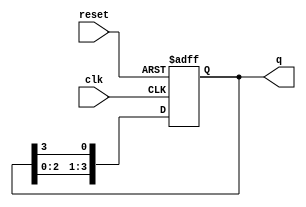
module binary_ring_counter (
    input wire clk,         // Clock input
    input wire reset,       // Asynchronous reset
    output reg [N-1:0] q    // Output (N flip-flops)
);
    parameter N = 4;        // Number of flip-flops in the ring counter

    always @(posedge clk or posedge reset) begin
        if (reset) begin
            // Initialize the counter with a single '1' at the least significant bit
            q <= 1'b1;
        end else begin
            // Shift the '1' to the next flip-flop in the ring
            q <= {q[N-2:0], q[N-1]};
        end
    end
endmodule